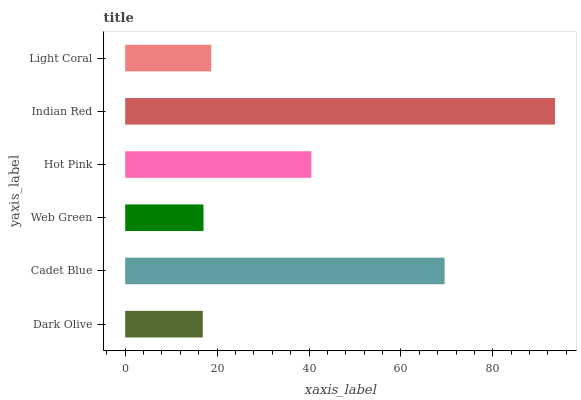
| yaxis_label | bars |
 | --- | --- |
 | Dark Olive | 16.9 |
 | Cadet Blue | 69.5 |
 | Web Green | 17 |
 | Hot Pink | 40.5 |
 | Indian Red | 93.5 |
 | Light Coral | 18.7 |